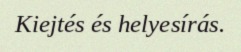
Kiejtés és helyesírás.